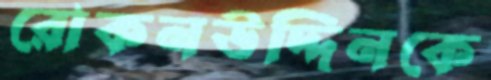
রোকনউদ্দিনকে